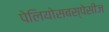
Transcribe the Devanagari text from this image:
पेलियोसबस्पेसीज